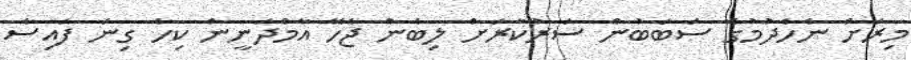
މިރަށް ނެހެދުމުގެ ސަބަބުން ސަރުކާރަށް ލިބެން ޖެހޭ އާމްދަނީން ކިހާ ގިނަ ފައިސާ